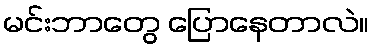
မင်းဘာတွေ ပြောနေတာလဲ။